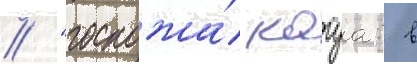
// "госпожа́ кагуа: в